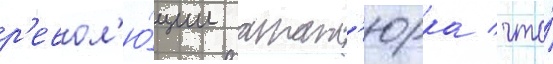
р'евол'ю́ции атат'юрка / что́